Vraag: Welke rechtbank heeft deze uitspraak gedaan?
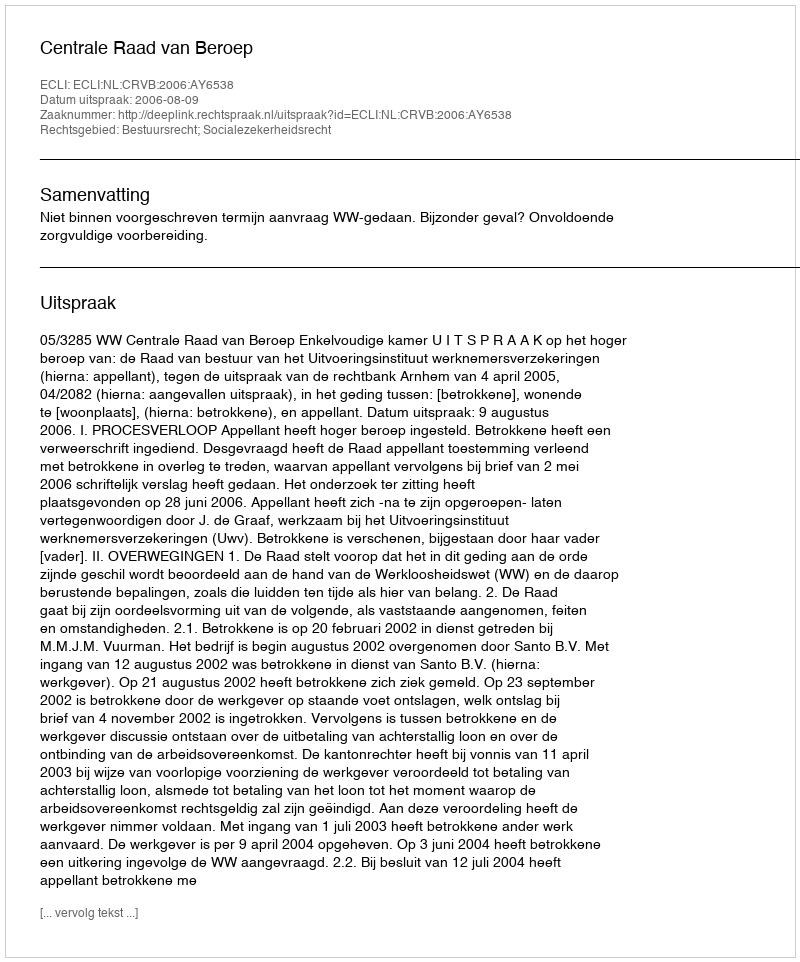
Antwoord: Centrale Raad van Beroep